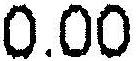
0.00